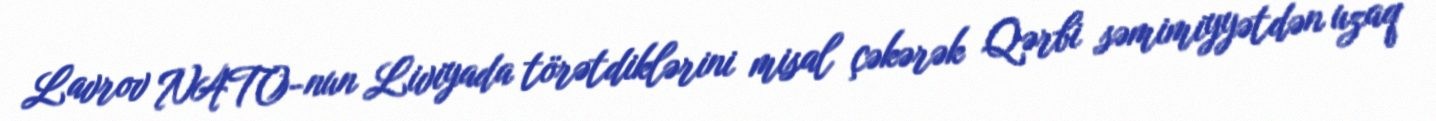
Lavrov NATO-nun Liviyada törətdiklərini misal çəkərək Qərbi səmimiyyətdən uzaq